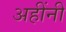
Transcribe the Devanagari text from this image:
अहींनी